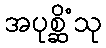
အပုစ္ဆိံသု